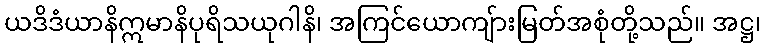
ယဒိဒံယာနိဣမာနိပုရိသယုဂါနိ၊ အကြင်ယောကျ်ားမြတ်အစုံတို့သည်။ အဋ္ဌ၊